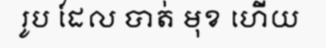
រូប ដែល បាត់ មុខ ហើយ